Annual returns of the Patna Lunatic Asylum at Bankipore in Bihar and Orissa - 1912-1924
Year: 1912
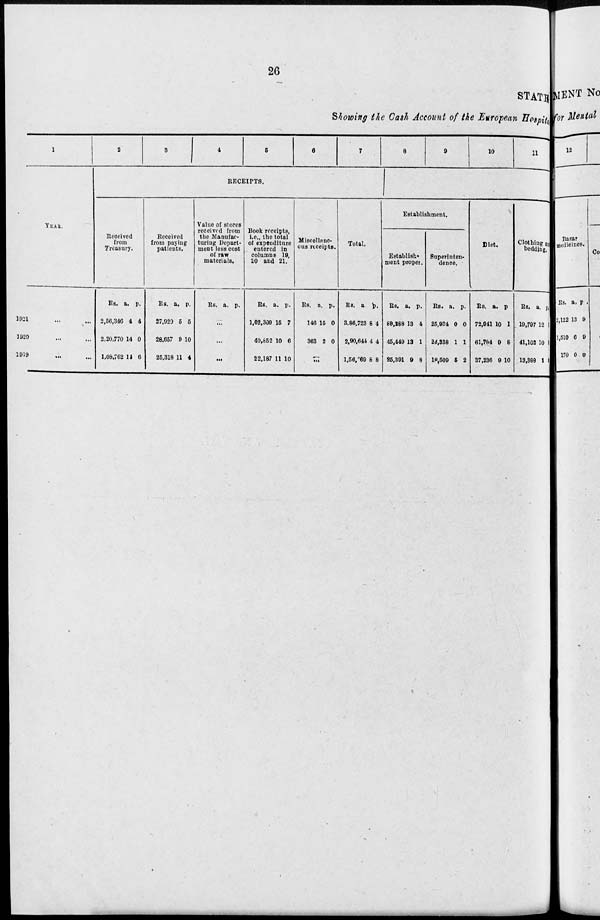
26
STATE
Showing the Cash Account of the European Hospital
1
YEAR.
1921 ... ...
1920 ... ...
1919 ... ...
2
3
4
5
6
7
8
9
10
11
RECEIPTS.
Received
from
Treasury.
Rs.
2,56,346
2,20,770
1,08,762
a.
4
14
11
p.
4
0
6
Received
from paying
patients.
Rs.
27,920
28,657
25,318
a.
5
9
11
p.
5
10
4
Value of stores
received from
the Manufac-
turing Depart-
ment less cost
of raw
materials.
Rs. a. p.
...
...
...
Book receipts,
i.e., the total
of expenditure
entered in
columns 19,
20 and 21.
Rs.
1,02,309
40,852
22,187
a.
15
10
11
p.
7
6
10
Miscellane-
ous receipts.
Rs.
146
363
a.
15
2
p.
0
0
...
Total.
Rs.
3,86,723
2,90,644
1,56,769
a.
8
4
8
p.
4
4
8
Establishment.
Establish-
ment proper.
Rs.
80,288
45,449
25,391
a.
13
13
9
p.
4
1
8
Superinten-
dence.
Rs.
25,934
24,338
18,509
a.
0
1
5
p.
0
1
2
Diet.
Rs.
72,941
61,784
37,236
a.
10
9
9
p.
1
8
10
Clothing and
bedding.
Rs.
19,797
41,102
13,398
a.
12
10
1
p.
1
1
1